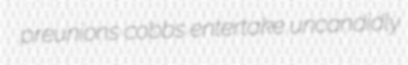
preunions cobbs entertake uncandidly